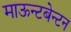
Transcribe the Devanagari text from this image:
माऊन्टबेन्टन